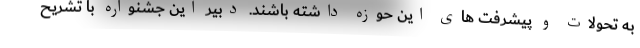
به تحولات و پیشرفت های این حوزه داشته باشند. دبیر این جشنواره با تشریح